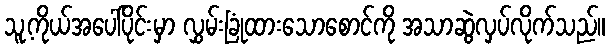
သူ့ကိုယ်အပေါ်ပိုင်းမှာ လွှမ်းခြုံထားသောစောင်ကို အသာဆွဲလှပ်လိုက်သည်။